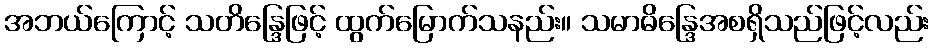
အဘယ်ကြောင့် သတိန္ဒြေဖြင့် ထွက်မြောက်သနည်း။ သမာဓိန္ဒြေအစရှိသည်ဖြင့်လည်း